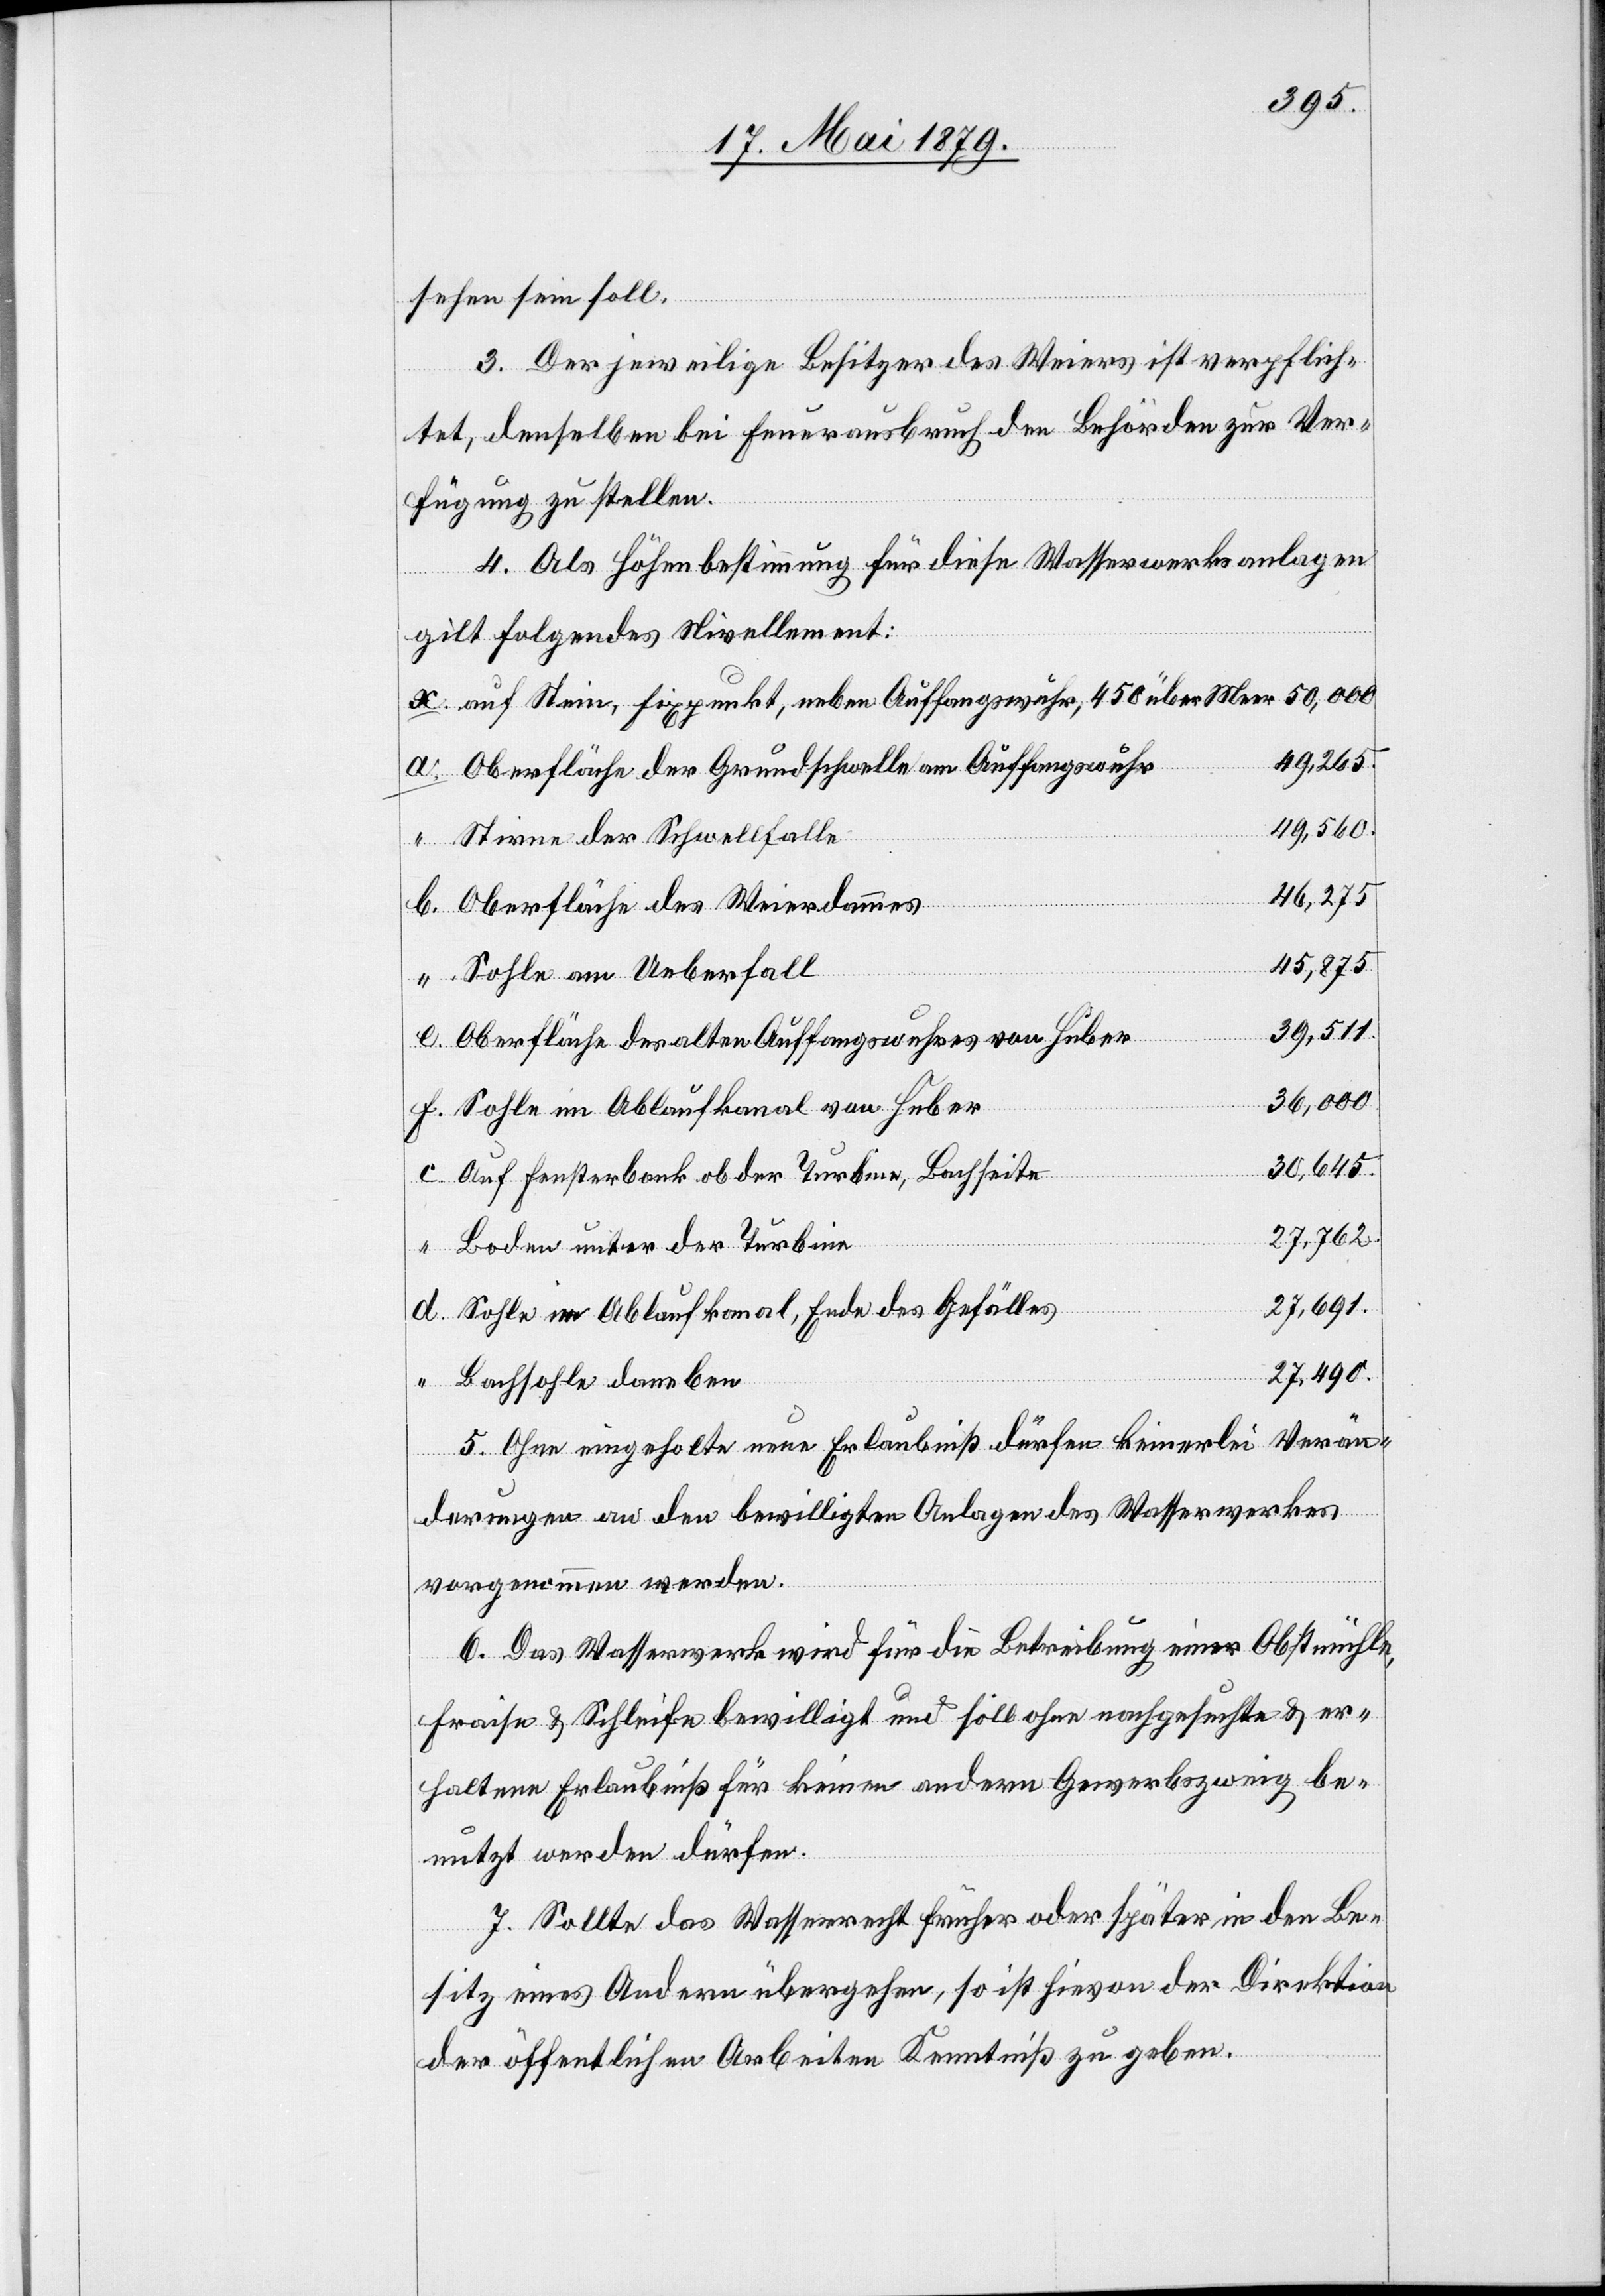
sehen sein soll.
3. Der jeweilige Besitzer des Weiers ist verpflich¬
tet, denselben bei Feuerausbruch den Behörden zur Ver¬
fügung zu stellen.
4. Als Höhenbestimmung für diese Wasserwerksanlagen
gilt folgendes Nivellement:
auf Stein, Fixpunkt, neben Auffangswuhr, 450 über Meer
49,265.
Oberfläche der Grundschwelle am Auffangswuhr
119,560.
“
Stirne der Schwellfalle
d.
Oberfläche des Weierdammes
45,875.
e.
Sohle am Ueberfall
39,511.
Oberfläche des alten Auffangswuhres von Huber
36,000.
Sohle im Ablaufkanal von Huber
30,645.
Auf Fensterbank ob der Turbine, Bachseite
27,762.
Boden unter der Turbine
27,691.
Sohle im Ablaufkanal, Ende des Gefälles
27,490.
Bachsohle daneben
5. Ohne eingeholte neue Erlaubniß dürfen keinerlei Verän¬
derungen an den bewilligten Anlagen des Wasserwerkes
vorgenommen werden.
6. Das Wasserwerk wird für die Betreibung einer Obstmühle,
Fraise & Schleife bewilligt und soll ohne nachgesuchte & er¬
haltene Erlaubniß für keinen andern Gewerbszweig be¬
nutzt werden dürfen.
7. Sollte das Wasserrecht früher oder später in den Be¬
sitz eines Andern übergehen, so ist hievon der Direktion
der öffentlichen Arbeiten Kenntniß zu geben.